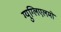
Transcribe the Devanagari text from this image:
ग्युग्लिएलमो